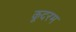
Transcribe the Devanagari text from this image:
कूदरम